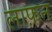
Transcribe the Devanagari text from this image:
लाफ़न